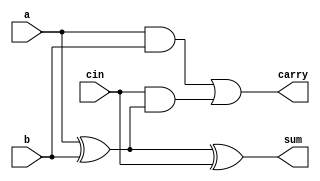
module fa(input a,b,cin, output sum,carry);
  assign sum = a^b^cin;
  assign carry = (a & b) | cin & (a^b);
endmodule